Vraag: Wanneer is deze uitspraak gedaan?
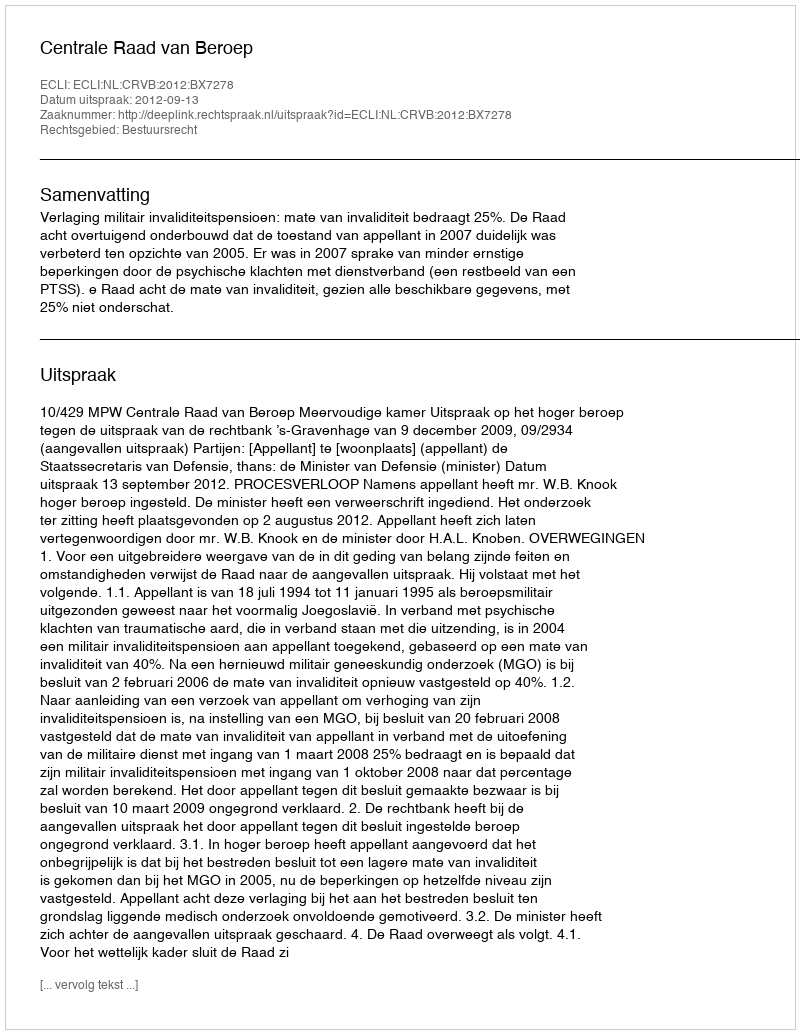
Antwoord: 2012-09-13